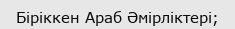
Біріккен Араб Әмірліктері;